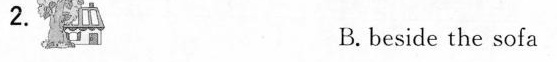
2.B. beside the sofa